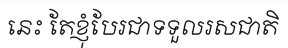
នេះ តែខ្ញុំបែរជាទទួលរសជាតិ